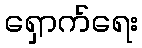
ရှောက်ရေး